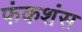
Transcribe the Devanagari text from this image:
फंकशंस